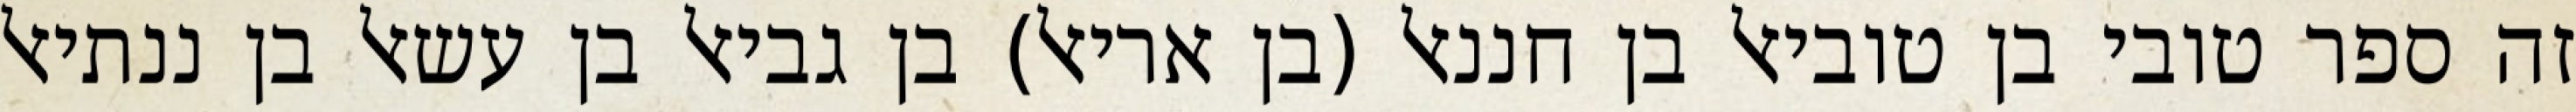
זה ספר טובי בן טוביאל בן חננאל (בן אריאל) בן גביאל בן עשאל בן ננתיאל